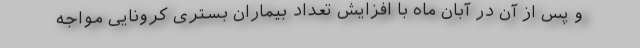
و پس از آن در آبان ماه با افزایش تعداد بیماران بستری کرونایی مواجه